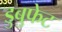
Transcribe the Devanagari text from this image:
डुबुफेट